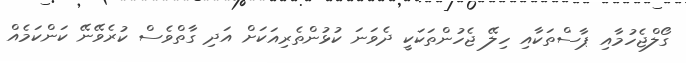
ގޯލްޖެހުމާއި ޕާސްތަކާއި ހިލޭ ޖެހުންތަކަކީ ދެވަނަ ކުޅުންތެރިއަކަށް އަދި ގާތްވެސް ކުރެވޭނޭ ކަންކަމެއް